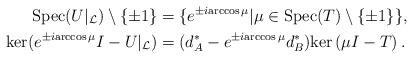
LaTeX: \begin{align*} \mathrm{Spec}(U|_\mathcal{L})\setminus \{\pm 1\} &= \{ e^{\pm i{\arccos \mu}}| \mu\in \mathrm{Spec}(T)\setminus\{\pm 1\} \}, \\ \mathrm{ker}(e^{\pm i{\arccos \mu}} I -U|_\mathcal{L}) &= (d_A^\ast - e^{\pm i{\arccos \mu}} d_B^\ast )\mathrm{ker}\left(\mu I-T\right).\end{align*}